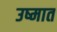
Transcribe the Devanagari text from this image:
उष्मात